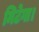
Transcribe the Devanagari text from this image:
मिटेगा।